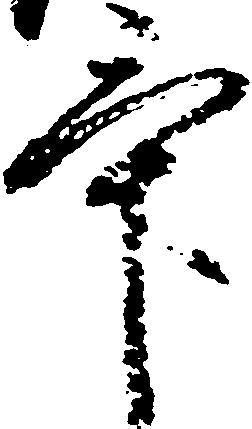
畢